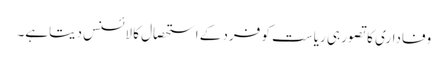
وفاداری کا تصور ہی ریاست کو فرد کے استحصال کا لائسنس دیتاہے۔